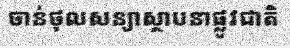
ចាន់ថុលសន្យាស្ថាបនាផ្លូវជាតិ